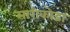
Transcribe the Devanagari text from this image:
सारीकोडा